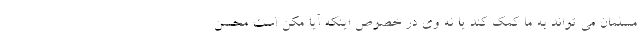
مسلمان می تواند به ما کمک کند یا نه وی در خصوص اینکه آیا مکن است محسن